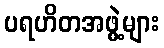
ပရဟိတအဖွဲ့များ